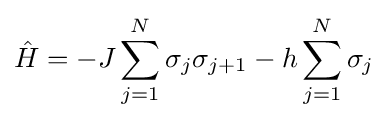
{\hat {H}}=-J\sum _{j=1}^{N}\sigma _{j}\sigma _{j+1}-h\sum _{j=1}^{N}\sigma _{j}